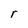
Character: r